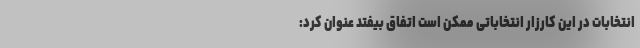
انتخابات در این کارزار انتخاباتی ممکن است اتفاق بیفتد عنوان کرد: